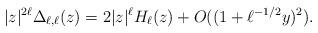
LaTeX: \begin{align*} |z|^{2 \ell} \Delta_{\ell,\ell}(z) = 2|z|^\ell H_\ell(z) + O((1 + \ell^{-1/2} y)^2).\end{align*}